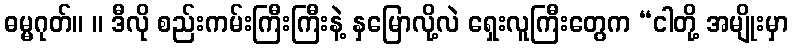
ဓမ္မဂုတ်။ ။ ဒီလို စည်းကမ်းကြီးကြီးနဲ့ နှမြောလို့လဲ ရှေးလူကြီးတွေက “ငါတို့ အမျိုးမှာ